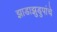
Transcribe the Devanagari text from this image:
झाडाझुडुपांचे